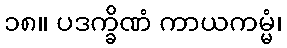
၁၈။ ပဒက္ခိဏံ ကာယကမ္မံ၊